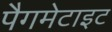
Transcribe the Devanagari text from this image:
पैगमेटाइट